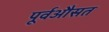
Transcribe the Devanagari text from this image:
पूर्वऔसत